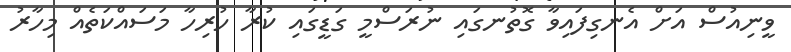
ވީނިއުސް އަށް އެނގިފައިވާ ގޮތުނގައި ނުރަސްމީ ގަޑީގައި ކުރާ ހުރިހާ މަސައްކަތެއް މިހާރު